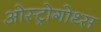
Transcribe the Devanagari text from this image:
ओस्ट्रोगोथ्स